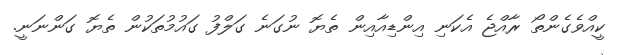
ކީއްވެގެންތޯ ރާއްޖެ އެކަނި އިންޑިއާއިން ތެޔޮ ނުގަނެ ގަލްފު ގައުމުތަކުން ތެޔޮ ގަންނަނީ.